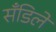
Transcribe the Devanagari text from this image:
सँडिले